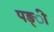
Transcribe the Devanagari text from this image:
पङ्ी